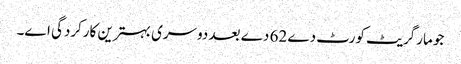
جو مارگریٹ کورٹ دے 62 دے بعد دوسری بہترین کارکردگی ا‏‏ے۔